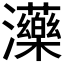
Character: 𤄶